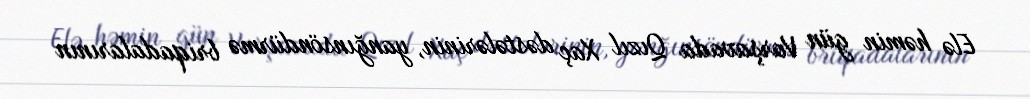
Elə həmin gün Varşavada Qızıl Xaç dəstələrinin, yanğınsöndürmə briqadalarının